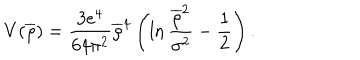
LaTeX: V ( \overline { { { \rho } } } ) = \frac { 3 e ^ { 4 } } { 6 4 \pi ^ { 2 } } \overline { { { \rho } } } ^ { 4 } \left( \ln \frac { \overline { { { \rho } } } ^ { 2 } } { \sigma ^ { 2 } } - \frac { 1 } { 2 } \right) .